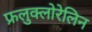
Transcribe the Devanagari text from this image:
फ्रलुक्लोरेलिन